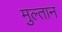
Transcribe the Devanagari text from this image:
मुल्‍तान